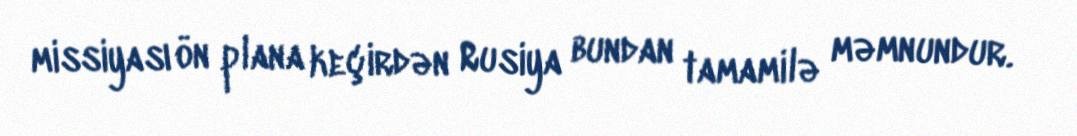
missiyası ön plana keçirdən Rusiya bundan tamamilə məmnundur.